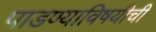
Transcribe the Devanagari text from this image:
पाडण्याविषयीची